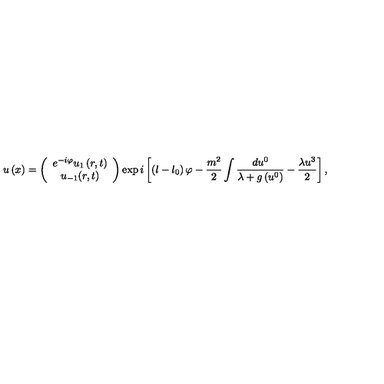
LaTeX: u \left( x \right) = \left( \begin{array} { c } { e ^ { - i \varphi } u _ { 1 } \left( r , t \right) } \\ { u _ { - 1 } ( r , t ) } \\ \end{array} \right) \exp i \left[ \left( l - l _ { 0 } \right) \varphi - \frac { m ^ { 2 } } { 2 } \int \frac { d u ^ { 0 } } { \lambda + g \left( u ^ { 0 } \right) } - \frac { \lambda u ^ { 3 } } { 2 } \right] ,